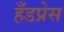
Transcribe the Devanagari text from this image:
हँडप्रेस